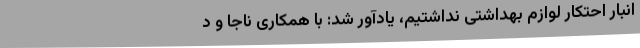
انبار احتکار لوازم بهداشتی نداشتیم، یادآور شد: با همکاری ناجا و د